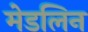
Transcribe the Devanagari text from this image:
मेडलिन